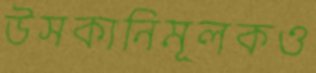
উসকানিমূলকও